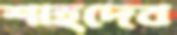
শাহদেব